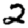
Digit: 2